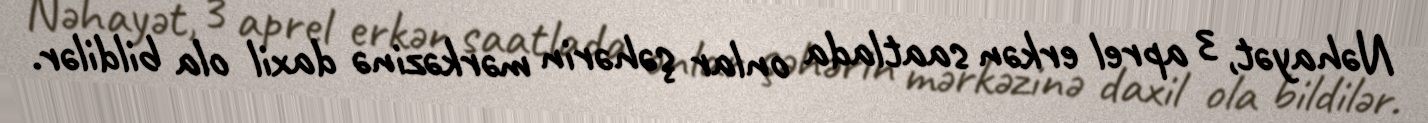
Nəhayət, 3 aprel erkən saatlada onlar şəhərin mərkəzinə daxil ola bildilər.